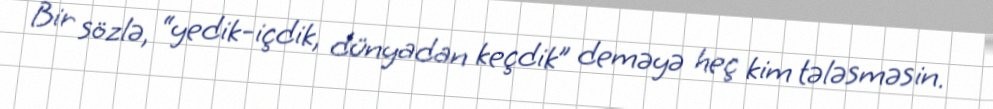
Bir sözlə, “yedik-içdik, dünyadan keçdik” deməyə heç kim tələsməsin.